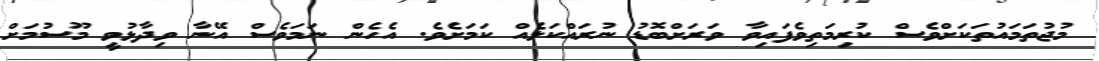
މުޖުތަމައުތަކަށްވެސް ކުރިމަތިވެފައިވާ ވަރަށްބޮޑު ނުރައްކަލެއް ކަމަށެވެ. އެހެން ނަމަވެސް އޭނާ ވިދާޅުވީ މޫސުމަށް